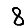
Digit: 8